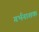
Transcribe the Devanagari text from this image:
गर्भनाशक